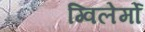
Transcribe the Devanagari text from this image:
ग्विलेर्मो